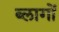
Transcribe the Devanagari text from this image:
ब्लागों